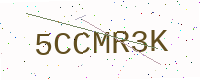
Text: 5CCMR3K